Report of the Indian Hemp Drugs Commission, 1894-1895 - Volume V
Year: 1894
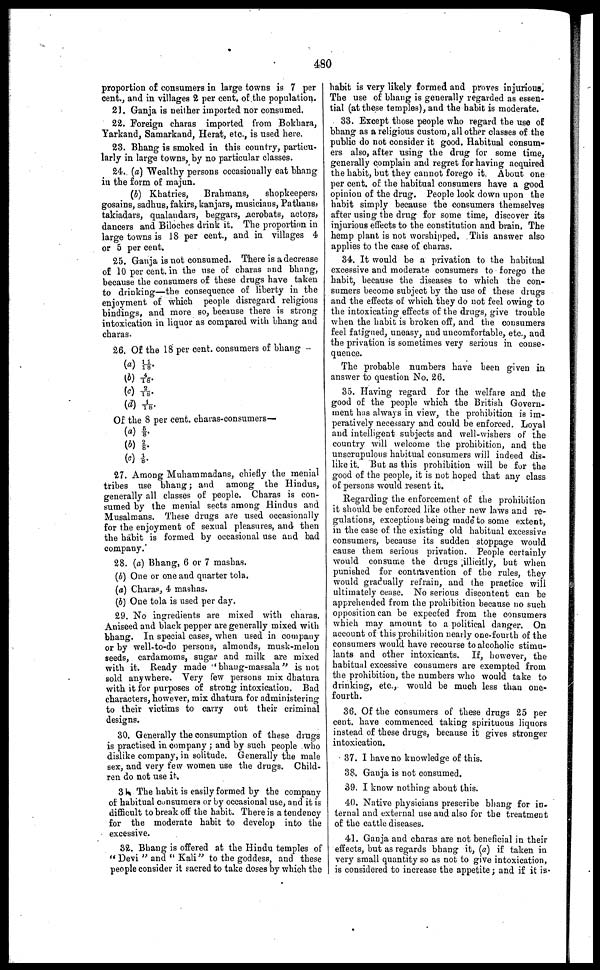
480
proportion of consumers in large towns is 7 per
cent., and in villages 2 per cent of the population.
21. Ganja is neither imported nor consumed.
22. Foreign charas imported from Bokhara,
Yarkand, Samarkand, Herat, etc., is used here.
23. Bhang is smoked in this country, particu-
larly in large towns, by no particular classes.
24. (a) Wealthy persons occasionally eat bhang
in the form of majun.
(b) Khatries,
Brahmans,
shopkeepers,
gosains, sadhus, fakirs, kanjars, musicians, Pathans,
takiadars, qualandars, beggars, acrobats, actors,
dancers and Biloches drink it. The proportion in
large towns is 18 per cent., and in villages 4
or 5 per cent.
25. Ganja is not consumed. There is a decrease
of 10 per cent. in the use of charas and bhang,
because the consumers of these drugs have taken
to drinking—the consequence of liberty in the
enjoyment of which people disregard religions
bindings, and more so, because there is strong
intoxication in liquor as compared with bhang and
charas.
26. Of the 18 per cent. consumers of bhang
(a) 11/18.
(b) 4/18.
(c) 2/18.
(d) 1/18.
Of the 8 per cent. charas-consumers—
(a) 5/ 8.
(b) 2/8.
27. Among Muhammadans, chiefly the menial
tribes use bhang; and among the Hindus,
generally all classes of people. Charas is con-
sumed by the menial sects among Hindus and
Musalmans. These drugs are used occasionally
for the enjoyment of sexual pleasures, and then
the habit is formed by occasional use and bad
company.
28. (a) Bhang, 6 or 7 mashas.
(b) One or one and quarter tola.
(a) Charas, 4 mashas.
(b) One tola is used per day.
29. No ingredients are mixed with charas.
Aniseed and black pepper are generally mixed with
bhang. In special cases, when used in company
or by well-to-do persons, almonds, musk-melon
seeds, cardamoms, sugar and milk are mixed
with it. Ready made "bhang-massala" is not
sold anywhere. Very few persons mix dhatura
with it for purposes of strong intoxication. Bad
characters, however, mix dhatura for administering
to their victims to carry out their criminal
designs.
30. Generally the consumption of these drugs
is practised in company ; and by such people who
dislike company, in solitude. Generally the male
sex, and very few women use the drugs. Child-
ren do not use it.
31. The habit is easily formed by the company
of habitual consumers or by occasional use, and it is
difficult to break off the habit. There is a tendency
for the moderate habit to develop into the
excessive.
32. Bhang is offered at the Hindu temples of
" Devi " and " Kali" to the goddess, and these
people consider it sacred to take doses by which the
habit is very likely formed and proves injurious.
The use of bhang is generally regarded as essen-
tial (at these temples), and the habit is moderate.
33. Except those people who regard the use of
bhang as a religious custom, all other classes of the
public do not consider it good. Habitual consum-
ers also, after using the drug for some time,
generally complain and regret for having acquired
the habit, but they cannot forego it. About one
per cent. of the habitual consumers have a good
opinion of the drug. People look down upon the
habit simply because the consumers themselves
after using the drug for some time, discover its
injurious effects to the constitution and brain. The
hemp plant is not worshipped. This answer also
applies to the case of charas.
34. It would be a privation to the habitual
excessive and moderate consumers to forego the
habit, because the diseases to which the con-
sumers become subject by the use of these drugs
and the effects of which they do not feel owing to
the intoxicating effects of the drugs, give trouble
when the habit is broken off, and the consumers
feel fatigued, uneasy, and uncomfortable, etc., and
the privation is sometimes very serious in conse-
quence.
The probable numbers have been given in
answer to question No. 26.
35. Having regard for the welfare and the
good of the people which the British Govern-
ment has always in view, the prohibition is im-
peratively necessary and could be enforced. Loyal
and intelligent subjects and well-wishers of the
country will welcome the prohibition, and the
unscrupulous habitual consumers will indeed dis-
like it. But as this prohibition will be for the
good of the people, it is not hoped that any class
of persons would resent it.
Regarding the enforcement of the prohibition
it should be enforced like other new laws and re-
gulations, exceptions being made to some extent,
in the case of the existing old habitual excessive
consumers, because its sudden stoppage would
cause them serious privation. People certainly
would consume the drugs illicitly, but when
punished for contravention of the rules, they
would gradually refrain, and the practice will
ultimately cease. No serious discontent can be
apprehended from the prohibition because no such
opposition can be expecfed from the consumers
which may amount to a political danger. On
account of this prohibition nearly one-fourth of the
consumers would have recourse to alcoholic stimu-
lants and other intoxicants. If, however, the
habitual excessive consumers are exempted from
the prohibition, the numbers who would take to
drinking, etc., would be much less than one-
fourth.
36. Of the consumers of these drugs 25 per
cent. have commenced taking spirituous liquors
instead of these drugs, because it gives stronger
intoxication.
37. I have no knowledge of this.
38. Gauja is not consumed.
39. I know nothing about this.
40. Native physicians prescribe bhang for in-
ternal and external use and also for the treatment
of the cattle diseases.
41. Ganja and charas are not beneficial in their
effects, but as regards bhang it, (a) if taken in
very small quantity so as not to give intoxication,
is considered to increase the appetite; and if it is